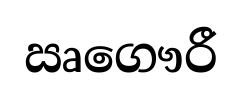
ඍගෞරී